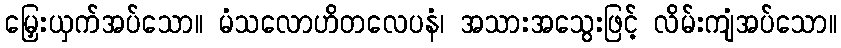
မြှေးယှက်အပ်သော။ မံသလောဟိတလေပနံ၊ အသားအသွေးဖြင့် လိမ်းကျံအပ်သော။